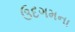
ઉદગમના